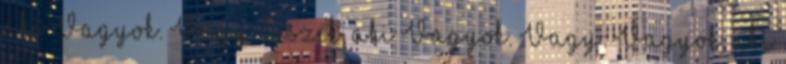
aki Vagyok. Vagy: leszek, aki Vagyok. Vagy: Vagyok, aki